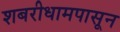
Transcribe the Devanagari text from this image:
शबरीधामपासून